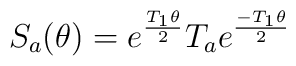
S_a(\theta)=e^\frac{T_1\theta}{2} T_a e^\frac{-T_1\theta}{2}